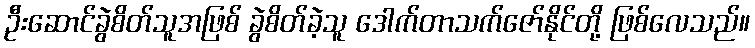
ဦးဆောင်ခွဲစိတ်သူအဖြစ် ခွဲစိတ်ခဲ့သူ ဒေါက်တာသက်ဇော်နိုင်တို့ ဖြစ်လေသည်။